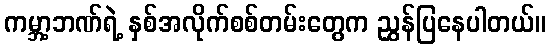
ကမ္ဘာ့ဘဏ်ရဲ့ နှစ်အလိုက်စစ်တမ်းတွေက ညွှန်ပြနေပါတယ်။